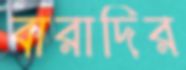
বারাদির